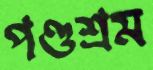
পণ্ডশ্রম